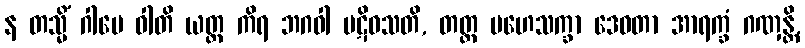
န တသ္မိံ ဂါမေ ဝါတိ ယတ္ထ ကိရ ဘဂဝါ ပဋိဝသတိ, တတ္ထ မဟေသက္ခာ ဒေဝတာ အာရက္ခံ ဂဏှန္တိ,